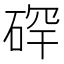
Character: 𪿡